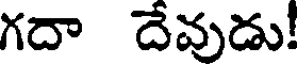
గదా దేవుడు!